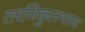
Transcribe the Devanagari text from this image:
तरणिकुलभरण